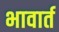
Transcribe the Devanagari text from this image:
भावार्त